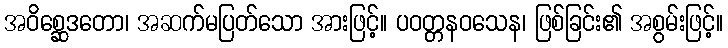
အဝိစ္ဆေဒတော၊ အဆက်မပြတ်သော အားဖြင့်။ ပဝတ္တနဝသေန၊ ဖြစ်ခြင်း၏ အစွမ်းဖြင့်။